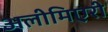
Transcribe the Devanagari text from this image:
अलीमिएरी